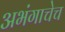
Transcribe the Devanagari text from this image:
अभंगाचेच